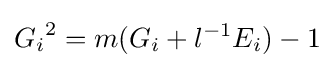
{G_{i}}^{2}=m(G_{i}+l^{-1}E_{i})-1